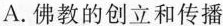
A.佛教的创立和传播